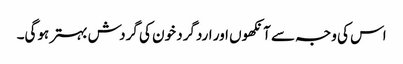
اس کی وجہ سے آنکھوں اور اردگرد خون کی گردش بہتر ہوگی۔